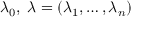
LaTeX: \lambda _ { 0 } , \; { \boldsymbol { \lambda } } = ( \lambda _ { 1 } , \ldots , \lambda _ { n } )